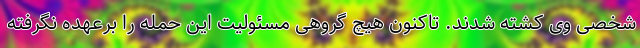
شخصی وی کشته شدند. تاکنون هیچ گروهی مسئولیت این حمله را برعهده نگرفته